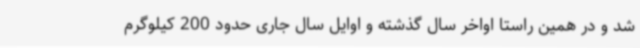
شد و در همین راستا اواخر سال گذشته و اوایل سال جاری حدود 200 کیلوگرم